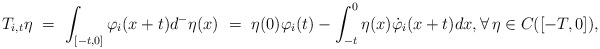
\begin{align*}T_{i,t}\eta \ = \ \int_{[-t,0]}\varphi_i(x+t)d^-\eta(x) \ = \ \eta(0)\varphi_i(t) - \int_{-t}^0 \eta(x)\dot{\varphi}_i(x+t)dx, \forall\,\eta\in C([-T,0]),\end{align*}